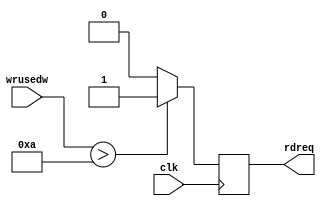
module fifo_trans_ctrl(
	input clk,
	input [6:0] wrusedw,
	output reg rdreq
	);

always @(posedge clk)
begin
	if(wrusedw > 8'd10)
		rdreq <= 1'b1;
	else
		rdreq <= 1'b0;
end


endmodule